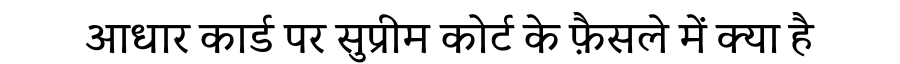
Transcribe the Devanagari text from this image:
आधार कार्ड पर सुप्रीम कोर्ट के फ़ैसले में क्या है